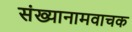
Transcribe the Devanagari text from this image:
संख्यानामवाचक